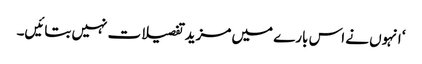
‘ انہوں نے اس بارے میں مزید تفصیلات نہیں بتائیں۔